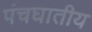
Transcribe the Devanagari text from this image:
पंचघातीय